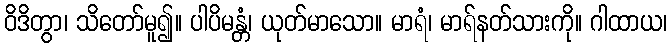
ဝိဒိတွာ၊ သိတော်မူ၍။ ပါပိမန္တံ၊ ယုတ်မာသော။ မာရံ၊ မာရ်နတ်သားကို။ ဂါထာယ၊